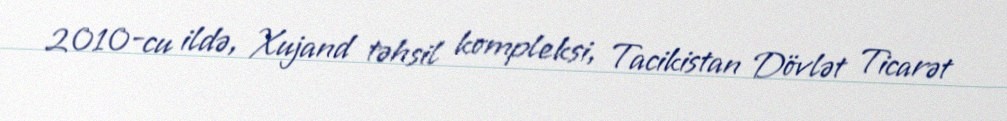
2010-cu ildə, Xujand təhsil kompleksi, Tacikistan Dövlət Ticarət